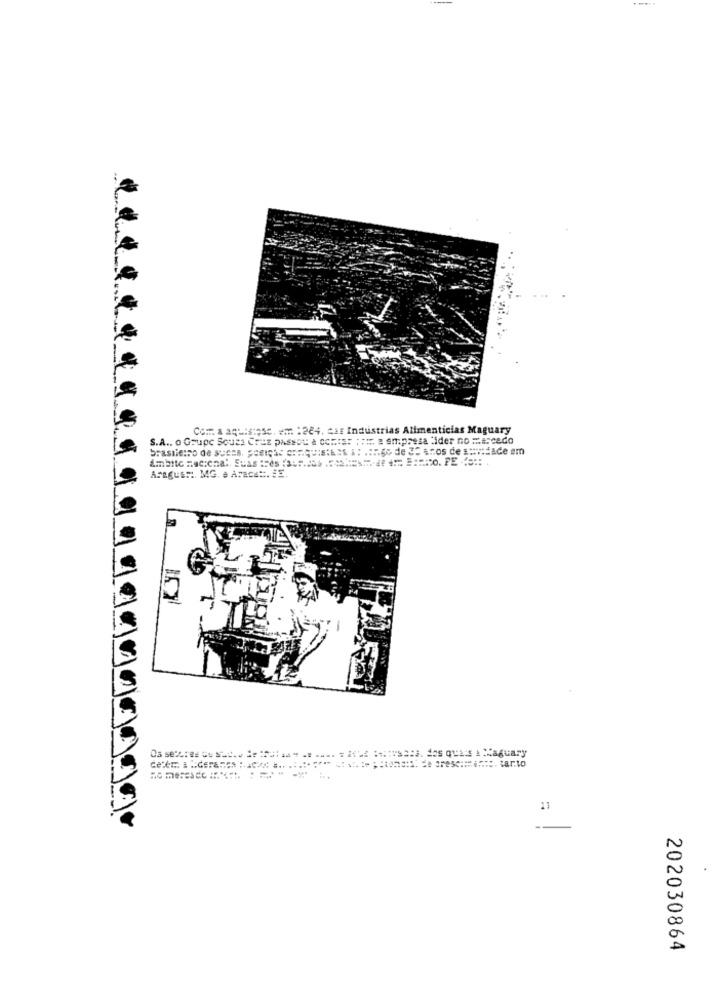
Com a aqu:atese. em :284. caf Industrias Alimenticias Maguary
S.A .. o Goupe Sousa Cruz passot & CCEist : : Ir a empresa lider no Mercado
ASEGUEM. MG. a Aracat :. #E.
202030864